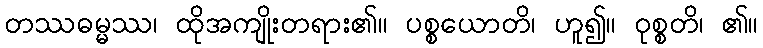
တဿဓမ္မဿ၊ ထိုအကျိုးတရား၏။ ပစ္စယောတိ၊ ဟူ၍။ ဝုစ္စတိ၊ ၏။